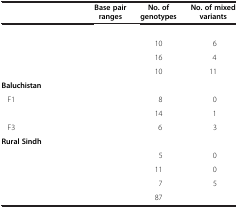
<table><thead><tr><td>[EMPTY_CELL]</td><td><b>Base pair ranges</b></td><td><b>No. of genotypes</b></td><td><b>No. of mixed variants</b></td></tr></thead><tbody><tr><td>[EMPTY_CELL]</td><td>[EMPTY_CELL]</td><td>[EMPTY_CELL]</td><td>[EMPTY_CELL]</td></tr><tr><td>[EMPTY_CELL]</td><td>[EMPTY_CELL]</td><td>10</td><td>6</td></tr><tr><td>[EMPTY_CELL]</td><td>[EMPTY_CELL]</td><td>16</td><td>4</td></tr><tr><td>[EMPTY_CELL]</td><td>[EMPTY_CELL]</td><td>10</td><td>11</td></tr><tr><td><b>Baluchistan</b></td><td>[EMPTY_CELL]</td><td>[EMPTY_CELL]</td><td>[EMPTY_CELL]</td></tr><tr><td> F1</td><td>[EMPTY_CELL]</td><td>8</td><td>0</td></tr><tr><td>[EMPTY_CELL]</td><td>[EMPTY_CELL]</td><td>14</td><td>1</td></tr><tr><td> F3</td><td>[EMPTY_CELL]</td><td>6</td><td>3</td></tr><tr><td><b>Rural Sindh</b></td><td>[EMPTY_CELL]</td><td>[EMPTY_CELL]</td><td>[EMPTY_CELL]</td></tr><tr><td>[EMPTY_CELL]</td><td>[EMPTY_CELL]</td><td>5</td><td>0</td></tr><tr><td>[EMPTY_CELL]</td><td>[EMPTY_CELL]</td><td>11</td><td>0</td></tr><tr><td>[EMPTY_CELL]</td><td>[EMPTY_CELL]</td><td>7</td><td>5</td></tr><tr><td>[EMPTY_CELL]</td><td>[EMPTY_CELL]</td><td>87</td><td>[EMPTY_CELL]</td></tr></tbody></table>